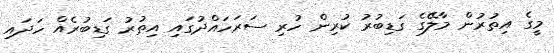
މީގެ އިތުރުން މާލޭގެ ގަޑިބުރު ކުރިން ހުރި ސަރަހައްދުގައި އިތުރު ގަޑިބުރެއް ހަދައި